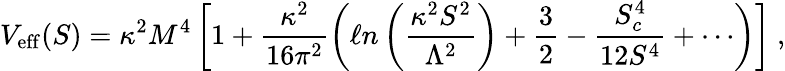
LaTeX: V_{\mathrm{{eff}}}(S)=\kappa^{2}M^{4}\left[1+\frac{\kappa^{2}}{16\pi^{2}}\left(\ell n\left(\frac{\kappa^{2}S^{2}}{\Lambda^{2}}\right)+\frac{3}{2}-\frac{S_{c}^{4}}{12S^{4}}+\cdots\right)\right]~,